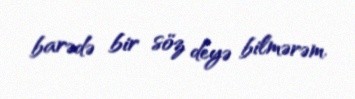
barədə bir söz deyə bilmərəm.